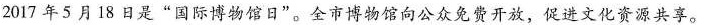
2017年5月18日是”国际博物馆日”。全市博物馆向公众免费开放，促进文化资源共享。